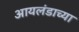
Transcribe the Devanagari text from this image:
आयलंडाच्या